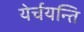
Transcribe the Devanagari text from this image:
येर्चयन्ति